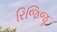
રિજિજૂ